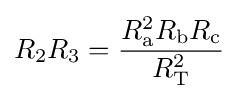
R_{2}R_{3}={\frac {R_{\text{a}}^{2}R_{\text{b}}R_{\text{c}}}{R_{\text{T}}^{2}}}